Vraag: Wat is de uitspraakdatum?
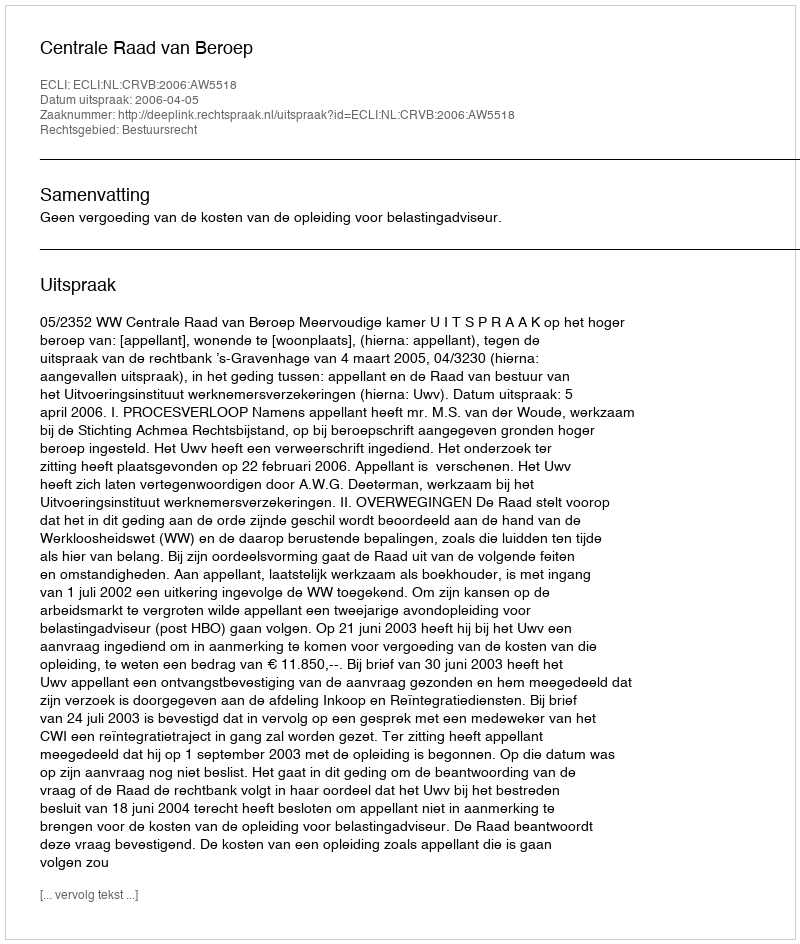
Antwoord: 2006-04-05